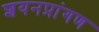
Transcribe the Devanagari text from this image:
शयनप्रांगण